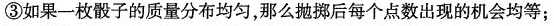
③如果一枚骰子的质量分布均匀，那么抛掷后每个点数出现的机会均等；